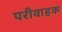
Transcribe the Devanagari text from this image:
परीवाहक